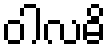
ဝါလဓိ